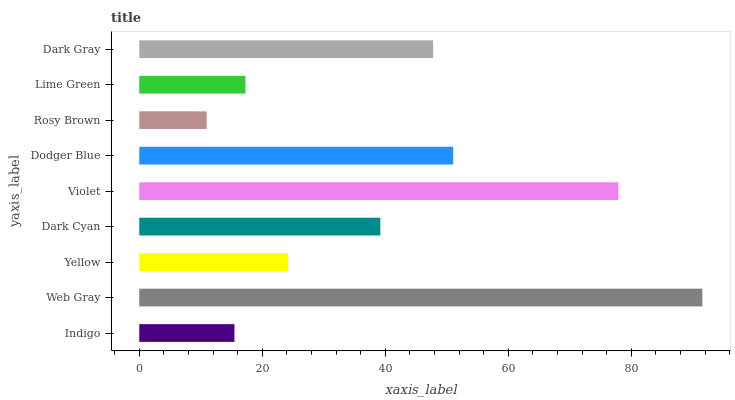
| yaxis_label | bars |
 | --- | --- |
 | Indigo | 15.5 |
 | Web Gray | 91.5 |
 | Yellow | 24.2 |
 | Dark Cyan | 39.2 |
 | Violet | 77.9 |
 | Dodger Blue | 51 |
 | Rosy Brown | 11 |
 | Lime Green | 17.3 |
 | Dark Gray | 47.8 |